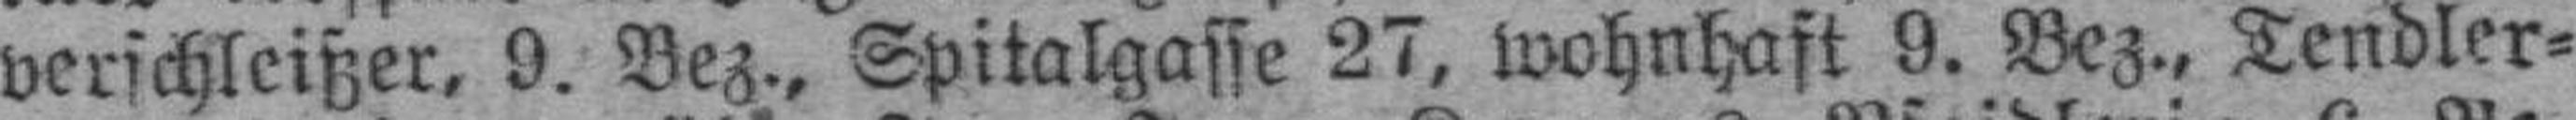
verschleißer, 9. Bez., Spitalgasse 27, wohnhaft 9. Bez., Tendler¬